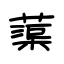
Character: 蕖